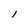
Character: 1